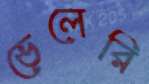
ভেলেরি